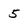
Character: 5